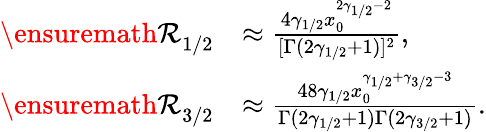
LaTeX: \begin{array}{rl}{{\ensuremath{\mathcal R}}_{1/2}}&{\approx\frac{4\gamma_{1/2}x_{0}^{2\gamma_{1/2}-2}}{[\Gamma(2\gamma_{1/2}+1)]^{2}},}\\ {{\ensuremath{\mathcal R}}_{3/2}}&{\approx\frac{48\gamma_{1/2}x_{0}^{\gamma_{1/2}+\gamma_{3/2}-3}}{\Gamma(2\gamma_{1/2}+1)\Gamma(2\gamma_{3/2}+1)}.}\end{array}